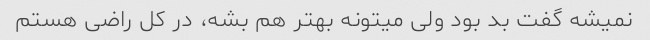
نمیشه گفت بد بود ولی میتونه بهتر هم بشه، در کل راضی هستم